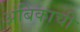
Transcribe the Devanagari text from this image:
अंबिकाची